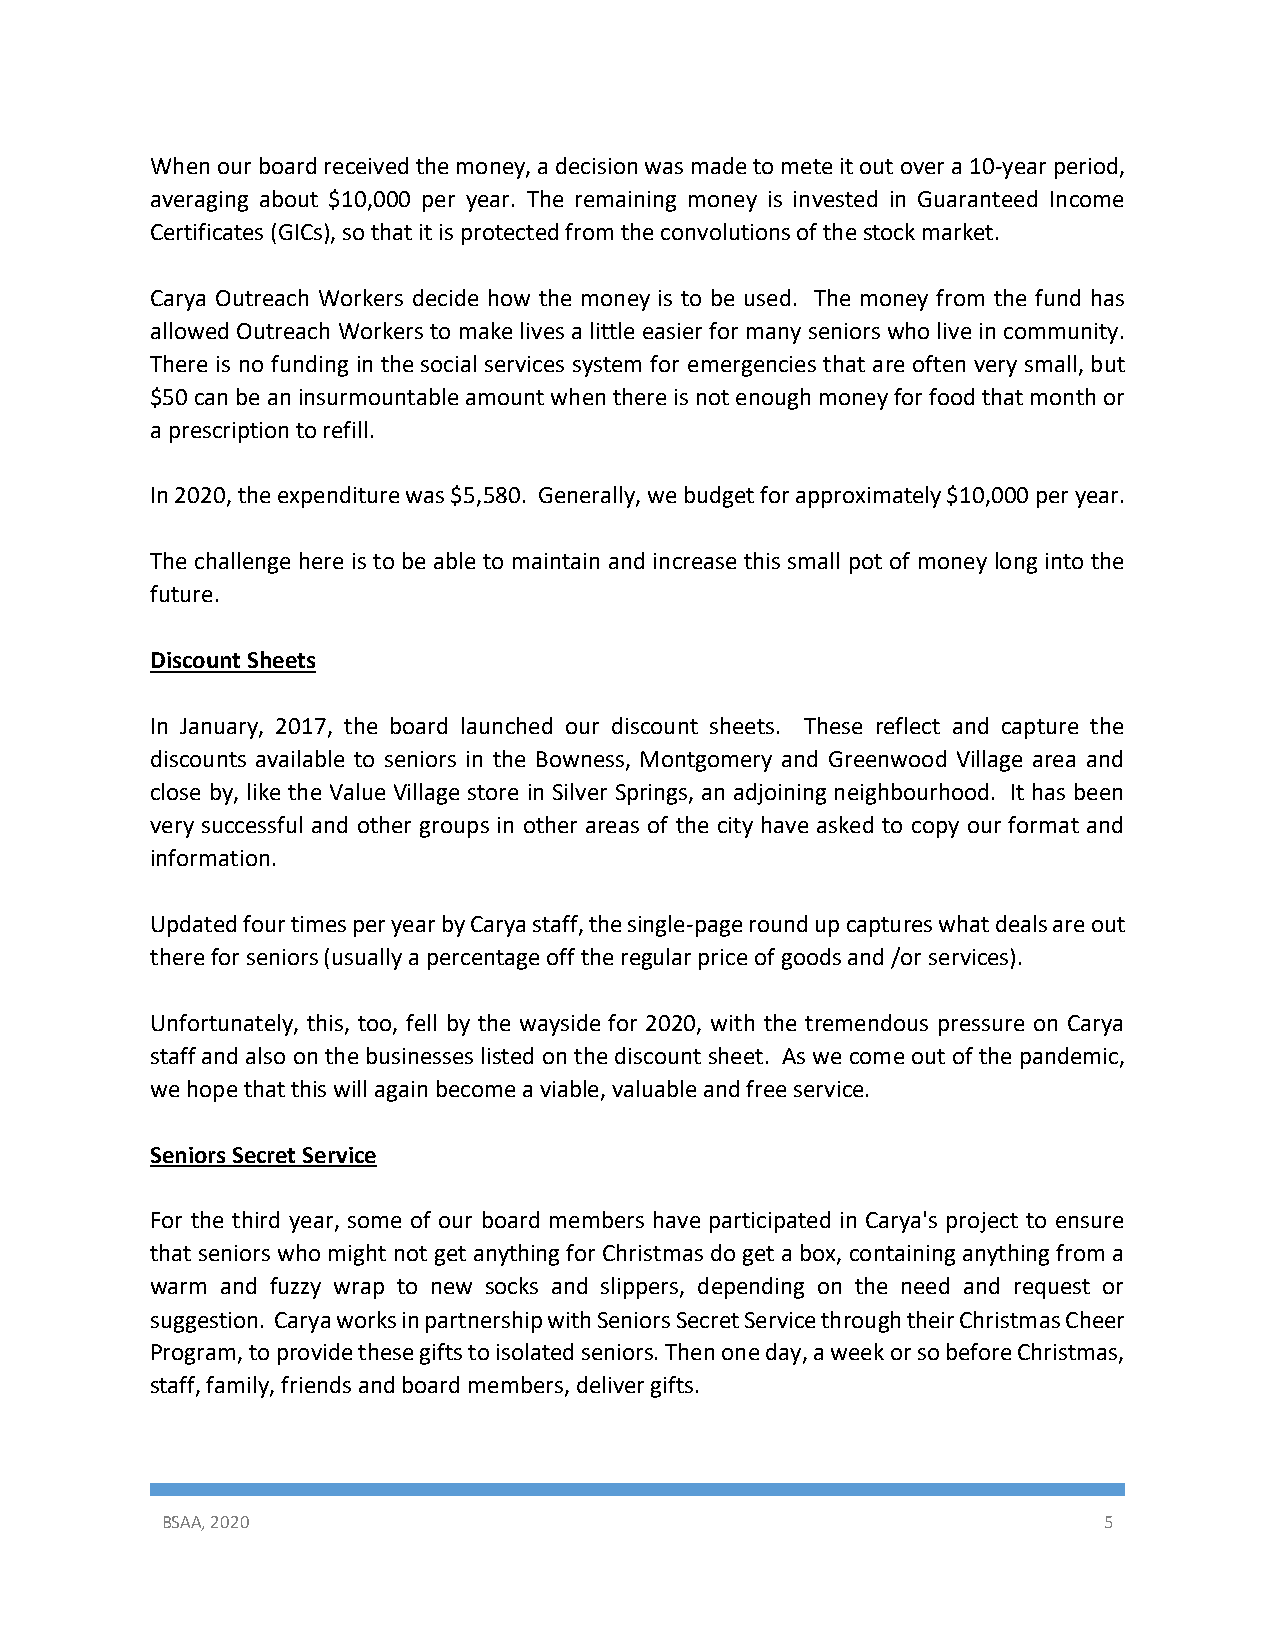
When our board received the money, a decision was made to mete it out over a 10-year period,
 averaging about $10,000 per year. The remaining money is invested in Guaranteed Income
 Certificates (GICs), so that it is protected from the convolutions of the stock market.
 Carya Outreach Workers decide how the money is to be used. The money from the fund has
 allowed Outreach Workers to make lives a little easier for many seniors who live in community.
 There is no funding in the social services system for emergencies that are often very small, but
 $50 can be an insurmountable amount when there is not enough money for food that month or
 a prescription to refill.
 In 2020, the expenditure was $5,580. Generally, we budget for approximately $10,000 per year.
 The challenge here is to be able to maintain and increase this small pot of money long into the
 future.
 Discount Sheets
 In January, 2017, the board launched our discount sheets. These reflect and capture the
 discounts available to seniors in the Bowness, Montgomery and Greenwood Village area and
 close by, like the Value Village store in Silver Springs, an adjoining neighbourhood. It has been
 very successful and other groups in other areas of the city have asked to copy our format and
 information.
 Updated four times per year by Carya staff, the single-page round up captures what deals are out
 there for seniors (usually a percentage off the regular price of goods and /or services).
 Unfortunately, this, too, fell by the wayside for 2020, with the tremendous pressure on Carya
 staff and also on the businesses listed on the discount sheet. As we come out of the pandemic,
 we hope that this will again become a viable, valuable and free service.
 Seniors Secret Service
 For the third year, some of our board members have participated in Carya's project to ensure
 that seniors who might not get anything for Christmas do get a box, containing anything from a
 warm and fuzzy wrap to new socks and slippers, depending on the need and request or
 suggestion. Carya works in partnership with Seniors Secret Service through their Christmas Cheer
 Program, to provide these gifts to isolated seniors. Then one day, a week or so before Christmas,
 staff, family, friends and board members, deliver gifts.
 BSAA, 2020                                                    5